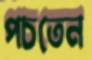
পচতেন